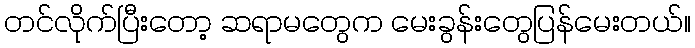
တင်လိုက်ပြီးတော့ ဆရာမတွေက မေးခွန်းတွေပြန်မေးတယ်။